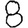
Digit: 8